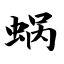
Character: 蜗